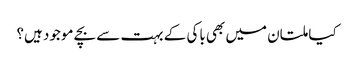
کیا ملتان میں بھی باکی کے بہت سے بچے موجود ہیں؟